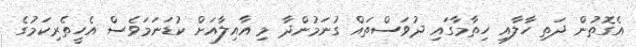
އެގޮތުން ދަތި ހާލާއި ހިތާމާގައި ދުވަސްތައް ގުނަމުންދާ މި އާއިލާއަށް ކުޑަނަމަވެސް އެހީތެރިކަމުގެ